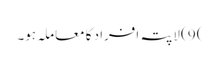
) 9) لاپتہ افراد کا معاملہ ہو۔